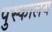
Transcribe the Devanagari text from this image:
पुस्‍कालय